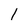
Character: 1